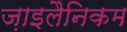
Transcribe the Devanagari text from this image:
ज़ाइलैनिकम